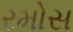
રમોસ